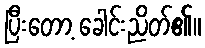
ပြီးတော့ ခေါင်းညိတ်၏။